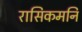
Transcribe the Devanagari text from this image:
रासिकमनि